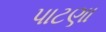
પાટણા